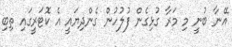
އޭނާ ބުނީ މި މަރާ ގުޅިގެން ފުލުހުން ގެންދިޔައީ އެ ކޮޓަރީގައި ތިބި